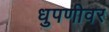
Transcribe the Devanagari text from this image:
धुपणीवर